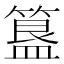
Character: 簋